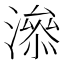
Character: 㵕